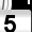
Digit: 5